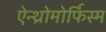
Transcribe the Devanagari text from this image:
ऐन्थ्रोमोर्फिस्म